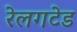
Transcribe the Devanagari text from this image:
रेलगटेड